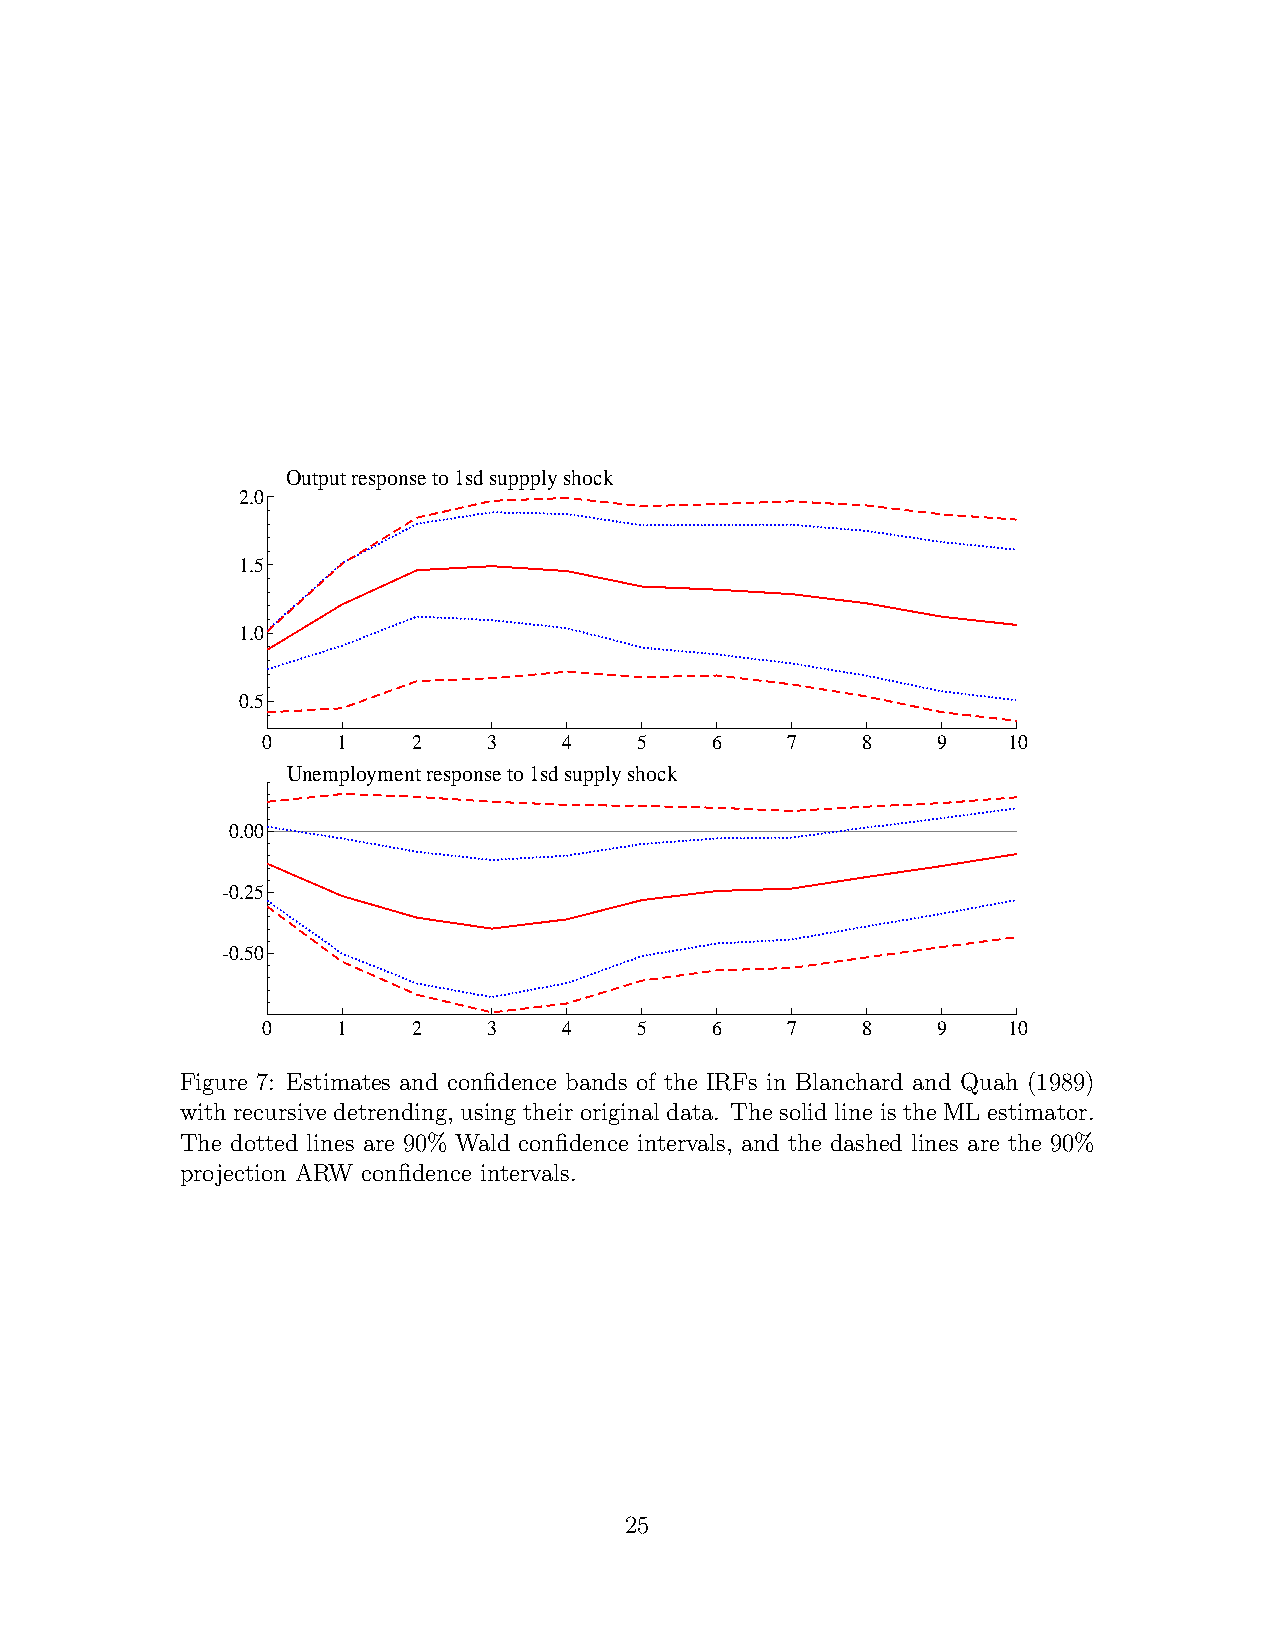
Output response to 1sd suppply shock
 2.0
 1.5
 1.0
 0.5
 0    1    2    3    4    5    6    7    8    9    10
 Unemployment response to 1sd supply shock
 0.00
 -0.25
 -0.50
 0    1    2    3    4    5    6    7    8    9    10
 Figure 7: Estimates and confidence bands of the IRFs in Blanchard and Quah (1989)
 with recursive detrending, using their original data. The solid line is the ML estimator.
 The dotted lines are 90% Wald confidence intervals, and the dashed lines are the 90%
 projection ARW confidence intervals.
 25